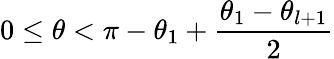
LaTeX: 0\le\theta<\pi-\theta_{1}+\frac{\theta_{1}-\theta_{l+1}}{2}